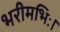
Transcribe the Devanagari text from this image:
भरीमभिः।